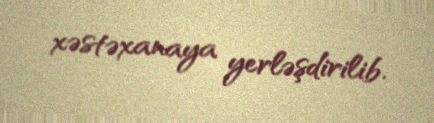
xəstəxanaya yerləşdirilib.